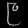
Digit: ၉